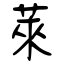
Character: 萊